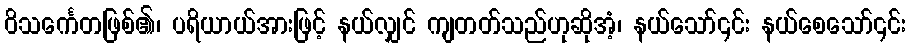
ဝိသင်္ကေတဖြစ်၏၊ ပရိယာယ်အားဖြင့် နယ်လျှင် ကျတတ်သည်ဟုဆိုအံ့၊ နယ်သော်၎င်း နယ်စေသော်၎င်း